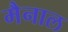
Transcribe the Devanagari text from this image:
मैनाल